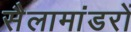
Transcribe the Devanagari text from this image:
सैलामांडरों